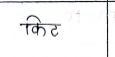
मजकूर: किट